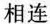
相连